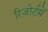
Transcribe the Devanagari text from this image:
रिजोर्टमेँ